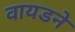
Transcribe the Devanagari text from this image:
वायडने